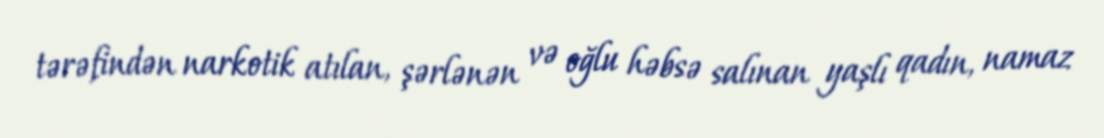
tərəfindən narkotik atılan, şərlənən və oğlu həbsə salınan yaşlı qadın, namaz